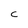
Character: C